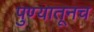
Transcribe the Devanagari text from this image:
पुण्यातूनच